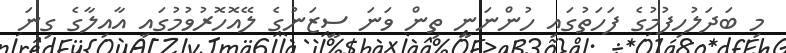
މި ބަދަލުހިފުމުގެ ފަހަތުގައި ހުންނަނީ ތިން ވަނަ ސީޒަނުގެ ލޭއޮހޮރުވުމުގައި އާއިލާގެ ގިނަ